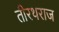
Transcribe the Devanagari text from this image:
तीरथराज